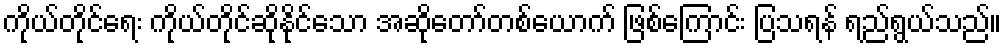
ကိုယ်တိုင်ရေး ကိုယ်တိုင်ဆိုနိုင်သော အဆိုတော်တစ်ယောက် ဖြစ်ကြောင်း ပြသရန် ရည်ရွယ်သည်။